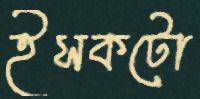
ইসকটো